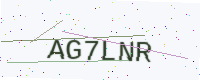
Text: AG7LNR